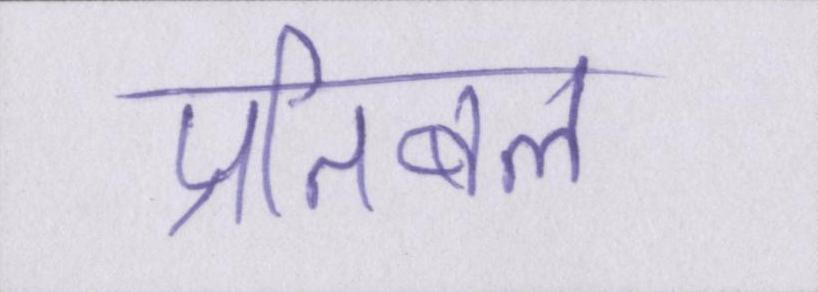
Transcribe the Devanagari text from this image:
प्रतिबल